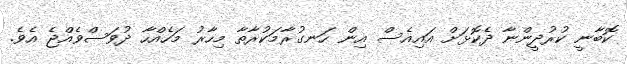
ކޮބާނީ ކުރުދީންނާ ދެކޮޅަށް އައިއެސް އިން ހަނގުރާމަކުރާތާ މިހާރު މަހެއްހާ ދުވަސްވެއްޖެ އެވެ.